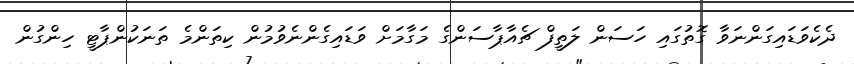
ދެކެވަޑައިގަންނަވާ ގޮތުގައި ހަސަން ލަތީފް ޗެއާޕާސަންގެ މަގާމަށް ވަޑައިގެންނެވުމުން ކިތަންމެ ތަނަކުންޕާޓީ ހިންގުން